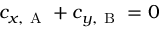
c _ { x , \mathrm { ~ A ~ } } + c _ { y , \mathrm { ~ B ~ } } = 0